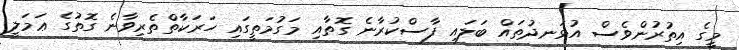
މީގެ އިތުރުންވެސް އުޅަނދުތައް ބަލައި ފާސްކުރާނެ ގޮތާއި މަގުމަތީގައި ހަރަކާތްތެރިވާނެ ގޮތުގެ ޢަމަލީ